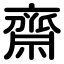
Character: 齋